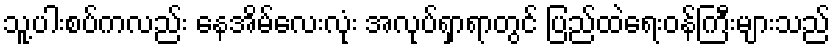
သူ့ပါးစပ်ကလည်း နေအိမ်လေးလုံး အလုပ်ရှာရာတွင် ပြည်ထဲရေးဝန်ကြီးများသည်